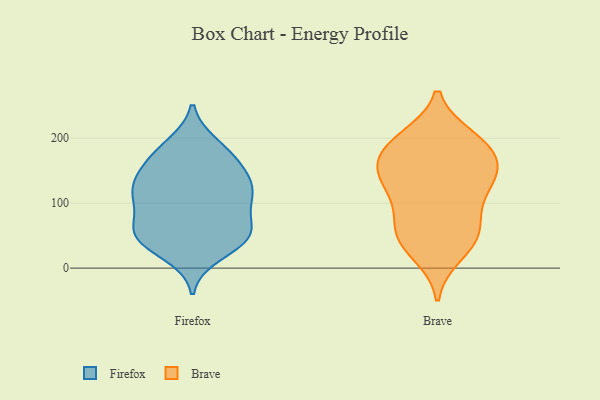
{"axis": {"x": "Budget (USD K)", "y": "Value"}, "legend": ["Brave", "Firefox"], "data": [{"x": "", "y": 133, "type": "Firefox"}, {"x": "", "y": 107, "type": "Firefox"}, {"x": "", "y": 42, "type": "Firefox"}, {"x": "", "y": 47, "type": "Firefox"}, {"x": "", "y": 51, "type": "Firefox"}, {"x": "", "y": 111, "type": "Firefox"}, {"x": "", "y": 47, "type": "Firefox"}, {"x": "", "y": 63, "type": "Firefox"}, {"x": "", "y": 190, "type": "Firefox"}, {"x": "", "y": 184, "type": "Firefox"}, {"x": "", "y": 122, "type": "Firefox"}, {"x": "", "y": 115, "type": "Firefox"}, {"x": "", "y": 158, "type": "Firefox"}, {"x": "", "y": 21, "type": "Firefox"}, {"x": "", "y": 96, "type": "Firefox"}, {"x": "", "y": 47, "type": "Firefox"}, {"x": "", "y": 128, "type": "Firefox"}, {"x": "", "y": 69, "type": "Firefox"}, {"x": "", "y": 171, "type": "Firefox"}, {"x": "", "y": 154, "type": "Firefox"}, {"x": "", "y": 46, "type": "Brave"}, {"x": "", "y": 189, "type": "Brave"}, {"x": "", "y": 177, "type": "Brave"}, {"x": "", "y": 22, "type": "Brave"}, {"x": "", "y": 199, "type": "Brave"}, {"x": "", "y": 130, "type": "Brave"}, {"x": "", "y": 139, "type": "Brave"}, {"x": "", "y": 71, "type": "Brave"}, {"x": "", "y": 80, "type": "Brave"}, {"x": "", "y": 158, "type": "Brave"}, {"x": "", "y": 51, "type": "Brave"}, {"x": "", "y": 112, "type": "Brave"}, {"x": "", "y": 142, "type": "Brave"}, {"x": "", "y": 179, "type": "Brave"}, {"x": "", "y": 139, "type": "Brave"}, {"x": "", "y": 41, "type": "Brave"}, {"x": "", "y": 200, "type": "Brave"}]}